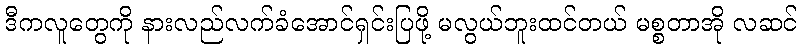
ဒီကလူတွေကို နားလည်လက်ခံအောင်ရှင်းပြဖို့ မလွယ်ဘူးထင်တယ် မစ္စတာအို လဆင်